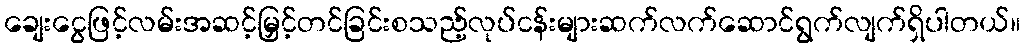
ချေးငွေဖြင့်လမ်းအဆင့်မြှင့်တင်ခြင်းစသည့်လုပ်ငန်းများဆက်လက်ဆောင်ရွက်လျက်ရှိပါတယ်။